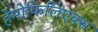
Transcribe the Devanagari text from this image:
हेमोफिलिएक्स